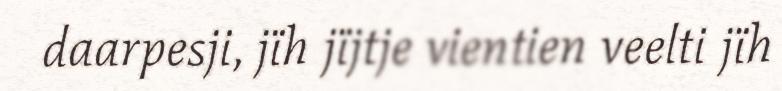
daarpesji, jïh jïjtje vientien veelti jïh